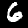
Label: 6